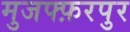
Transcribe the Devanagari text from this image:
मुजफ्फ़रपुर